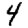
Digit: 4